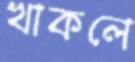
খাকলে